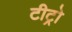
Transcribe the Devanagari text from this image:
टीट्रो